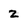
Character: 2